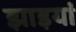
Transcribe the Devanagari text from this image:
झाइयां